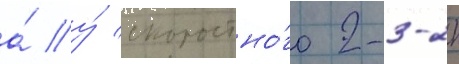
а́ у́ скоростно́го 2-3-2к